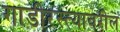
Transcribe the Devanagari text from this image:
गाडीरस्त्यावरील